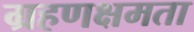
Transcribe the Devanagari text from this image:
ग्रहणक्षमता